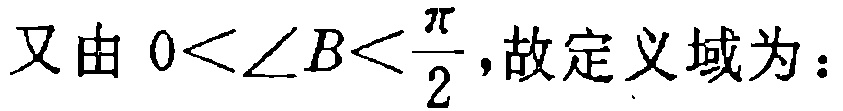
又由 \(0<\angle B<\frac{\pi}{2}\)，故定义域为：